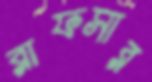
রাফসার